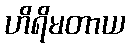
ဟိရိမတာယ